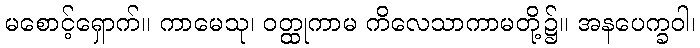
မစောင့်ရှောက်။ ကာမေသု၊ ဝတ္ထုကာမ ကိလေသာကာမတို့၌။ အနပေက္ခဝါ၊